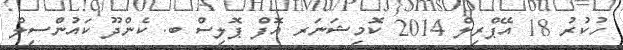
ހުކުރު 18 އޭޕްރިލް 2014 ކޮމިޝަނަރ އޮފް ޕޮލިސް ބ. ކެންދޫ ކައުންސިލް